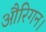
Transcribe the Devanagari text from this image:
औरिगन।